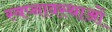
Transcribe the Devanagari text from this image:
स्वप्नावस्थाओं